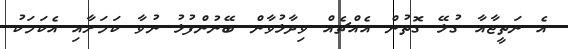
އެ ނަތީޖާއާ ގުޅޭ ގޮތުން އެއްޗެއް ވިދާޅުވާން ބޭނުންފުޅު ނުވާ ކަމަށާއި އެކަމަކު